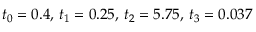
t _ { 0 } = 0 . 4 , \, t _ { 1 } = 0 . 2 5 , \, t _ { 2 } = 5 . 7 5 , \, t _ { 3 } = 0 . 0 3 7